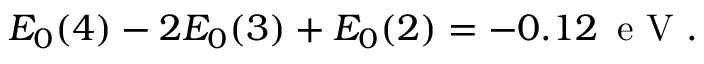
\begin{array} { r } { E _ { 0 } ( 4 ) - 2 E _ { 0 } ( 3 ) + E _ { 0 } ( 2 ) = - 0 . 1 2 \, \mathrm { ~ e ~ V ~ } . } \end{array}